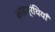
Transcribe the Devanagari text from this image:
कांडग्रंथियाँ